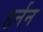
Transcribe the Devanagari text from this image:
हर्नन